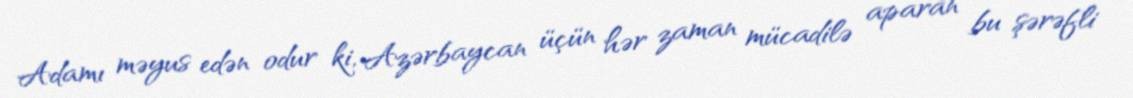
Adamı məyus edən odur ki, Azərbaycan üçün hər zaman mücadilə aparan bu şərəfli